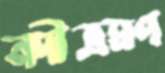
নদীভ্রমণ